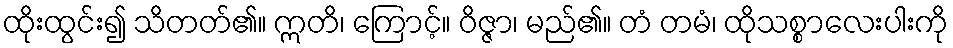
ထိုးထွင်း၍ သိတတ်၏။ ဣတိ၊ ကြောင့်။ ဝိဇ္ဇာ၊ မည်၏။ တံ တမံ၊ ထိုသစ္စာလေးပါးကို